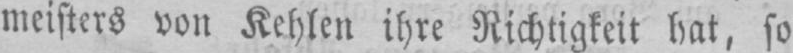
meisters von Kehlen ihre Richtigkeit hat, so